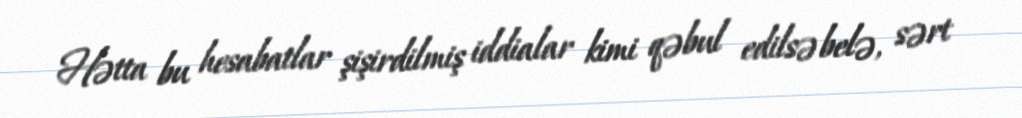
Hətta bu hesabatlar şişirdilmiş iddialar kimi qəbul edilsə belə, sərt